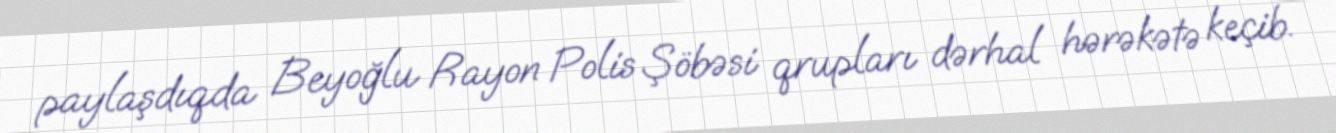
paylaşdıqda Beyoğlu Rayon Polis Şöbəsi qrupları dərhal hərəkətə keçib.